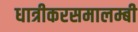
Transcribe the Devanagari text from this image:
धात्रीकरसमालम्बी